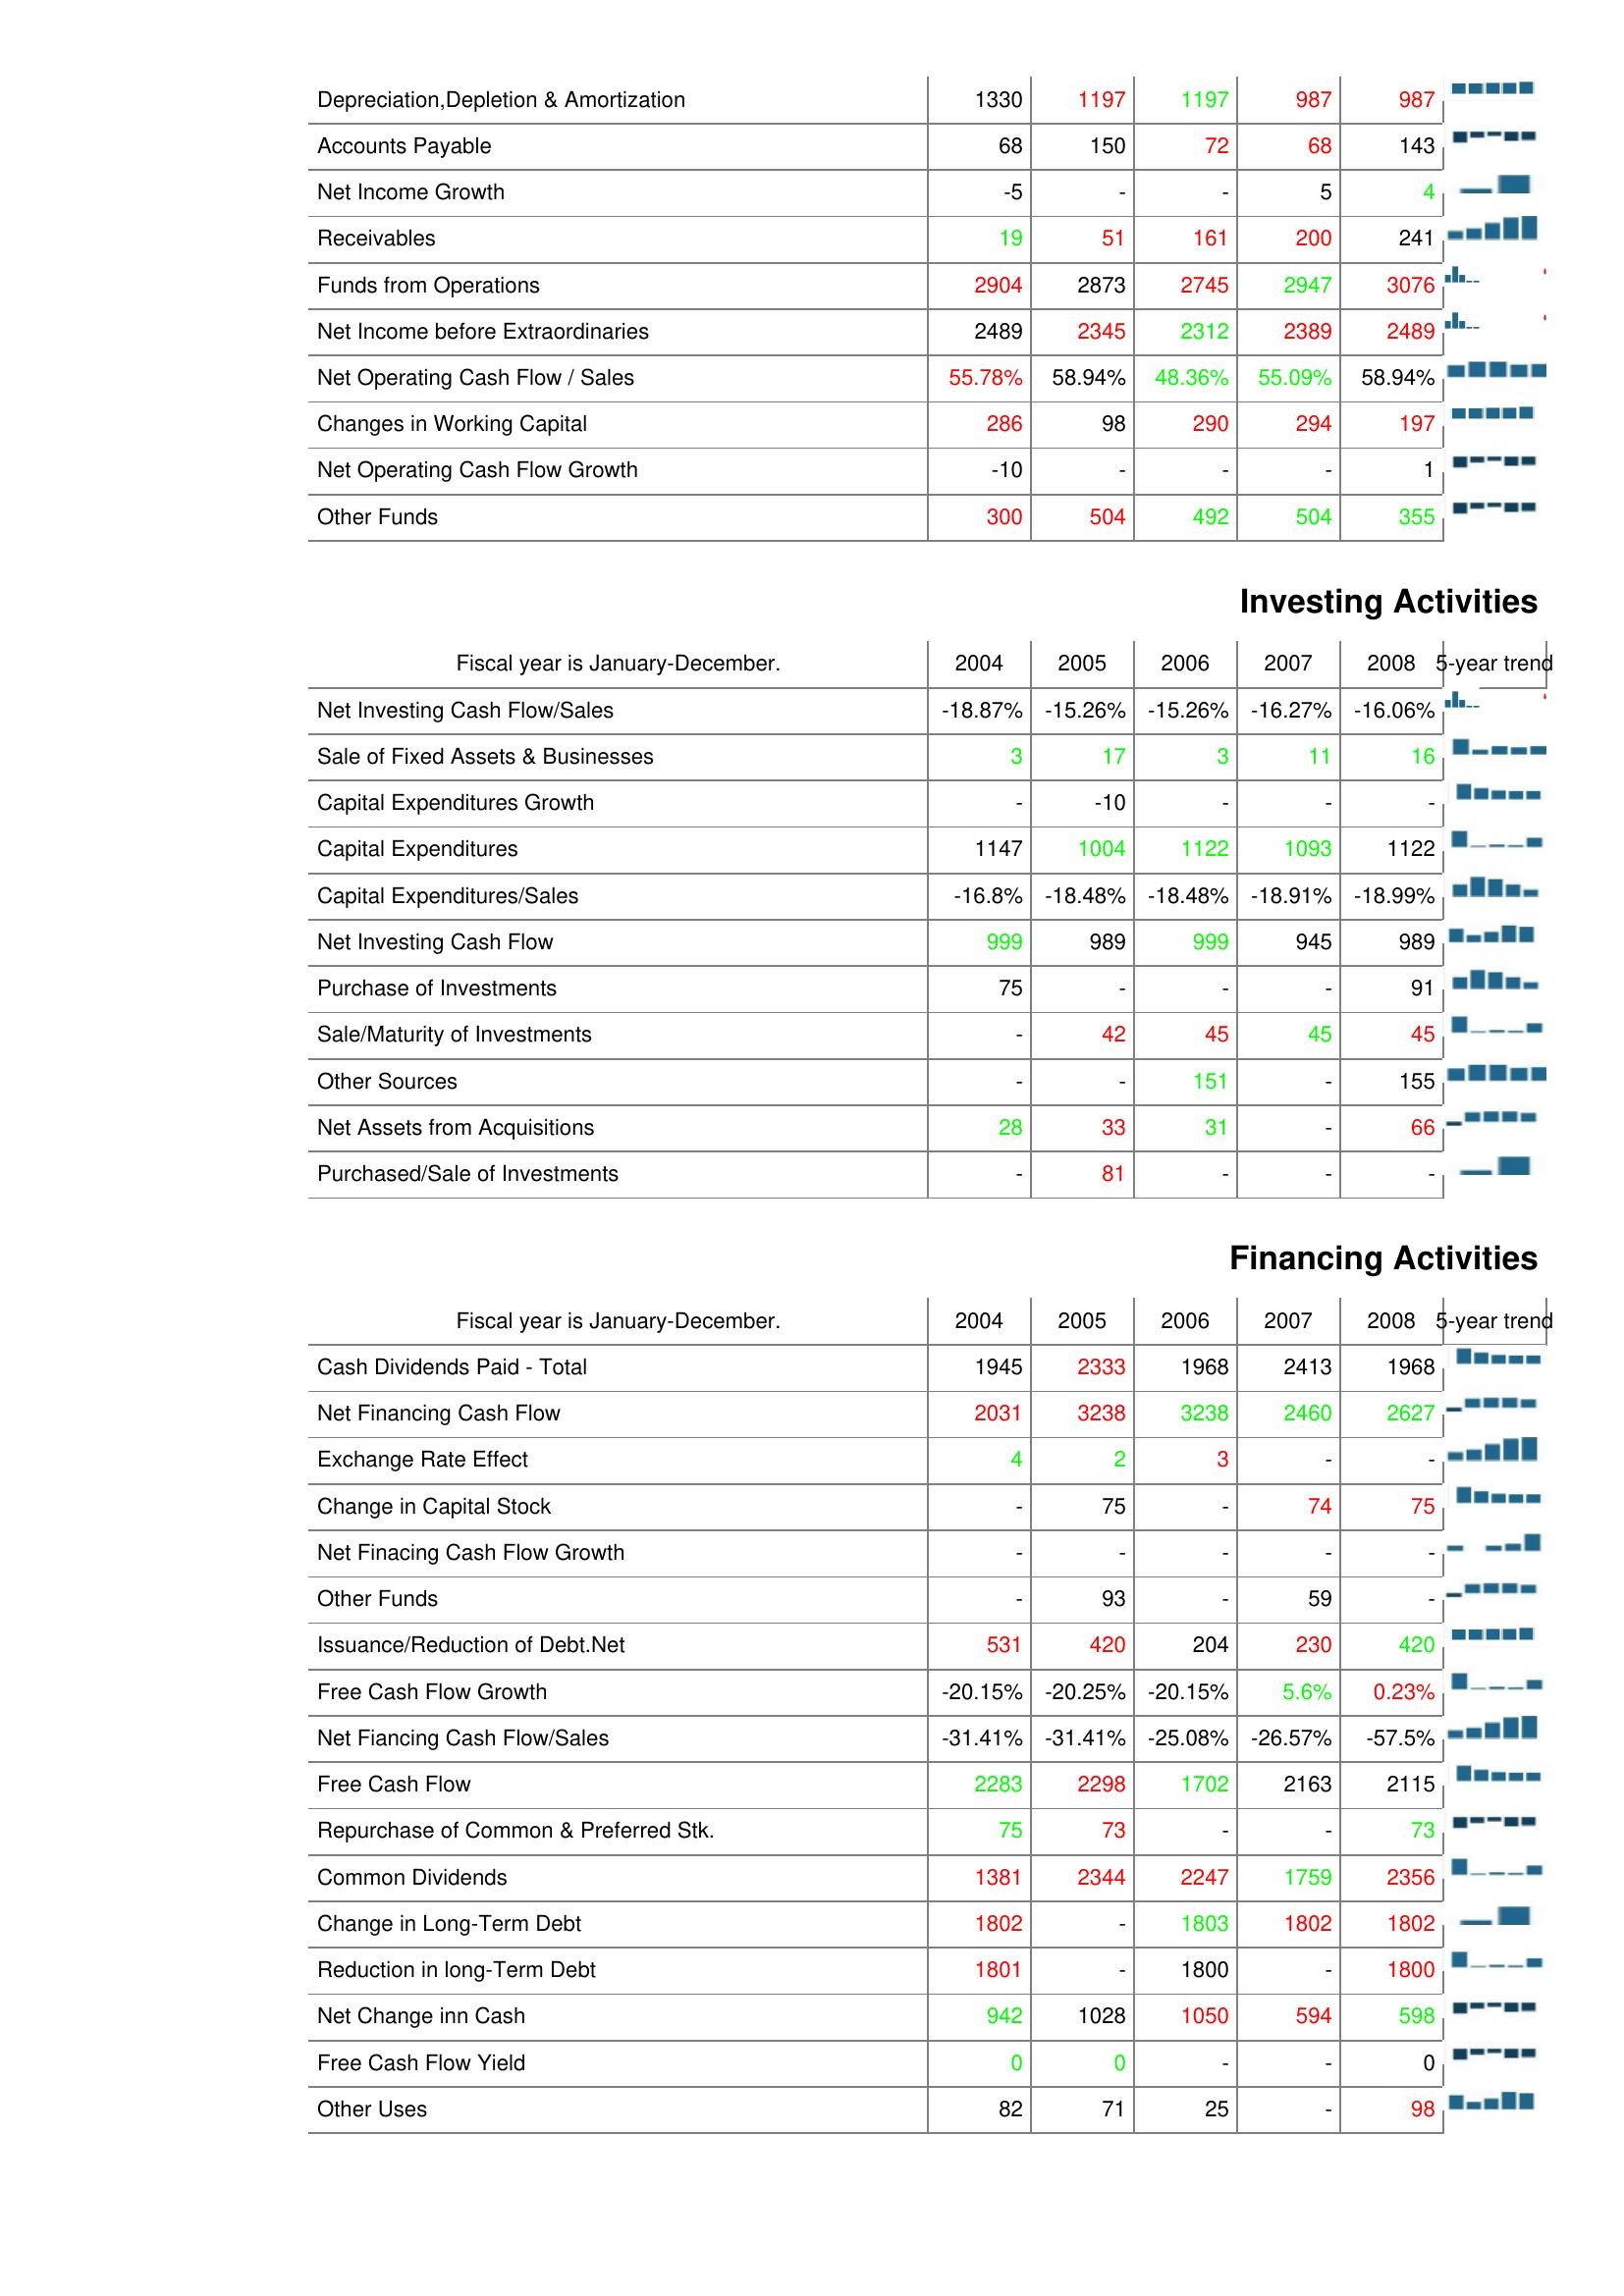
2004: Operating Activities: Depreciation,Depletion & Amortization: 1330
Accounts Payable: 68
Net Income Growth: -5
Receivables: 19
Funds from Operations: 2904
Net Income before Extraordinaries: 2489
Net Operating Cash Flow / Sales: 55.78%
Changes in Working Capital: 286
Net Operating Cash Flow Growth: -10
Other Funds: 300
Investing Activities: Net Investing Cash Flow/Sales: -18.87%
Sale of Fixed Assets & Businesses: 3
Capital Expenditures Growth: -
Capital Expenditures: 1147
Capital Expenditures/Sales: -16.8%
Net Investing Cash Flow: 999
Purchase of Investments: 75
Sale/Maturity of Investments: -
Other Sources: -
Net Assets from Acquisitions: 28
Purchased/Sale of Investments: -
Financing Activities: Cash Dividends Paid - Total: 1945
Net Financing Cash Flow: 2031
Exchange Rate Effect: 4
Change in Capital Stock: -
Net Finacing Cash Flow Growth: -
Other Funds: -
Issuance/Reduction of Debt.Net: 531
Free Cash Flow Growth: -20.15%
Net Fiancing Cash Flow/Sales: -31.41%
Free Cash Flow: 2283
Repurchase of Common & Preferred Stk.: 75
Common Dividends: 1381
Change in Long-Term Debt: 1802
Reduction in long-Term Debt: 1801
Net Change inn Cash: 942
Free Cash Flow Yield: 0
Other Uses: 82
2005: Operating Activities: Depreciation,Depletion & Amortization: 1197
Accounts Payable: 150
Net Income Growth: -
Receivables: 51
Funds from Operations: 2873
Net Income before Extraordinaries: 2345
Net Operating Cash Flow / Sales: 58.94%
Changes in Working Capital: 98
Net Operating Cash Flow Growth: -
Other Funds: 504
Investing Activities: Net Investing Cash Flow/Sales: -15.26%
Sale of Fixed Assets & Businesses: 17
Capital Expenditures Growth: -10
Capital Expenditures: 1004
Capital Expenditures/Sales: -18.48%
Net Investing Cash Flow: 989
Purchase of Investments: -
Sale/Maturity of Investments: 42
Other Sources: -
Net Assets from Acquisitions: 33
Purchased/Sale of Investments: 81
Financing Activities: Cash Dividends Paid - Total: 2333
Net Financing Cash Flow: 3238
Exchange Rate Effect: 2
Change in Capital Stock: 75
Net Finacing Cash Flow Growth: -
Other Funds: 93
Issuance/Reduction of Debt.Net: 420
Free Cash Flow Growth: -20.25%
Net Fiancing Cash Flow/Sales: -31.41%
Free Cash Flow: 2298
Repurchase of Common & Preferred Stk.: 73
Common Dividends: 2344
Change in Long-Term Debt: -
Reduction in long-Term Debt: -
Net Change inn Cash: 1028
Free Cash Flow Yield: 0
Other Uses: 71
2006: Operating Activities: Depreciation,Depletion & Amortization: 1197
Accounts Payable: 72
Net Income Growth: -
Receivables: 161
Funds from Operations: 2745
Net Income before Extraordinaries: 2312
Net Operating Cash Flow / Sales: 48.36%
Changes in Working Capital: 290
Net Operating Cash Flow Growth: -
Other Funds: 492
Investing Activities: Net Investing Cash Flow/Sales: -15.26%
Sale of Fixed Assets & Businesses: 3
Capital Expenditures Growth: -
Capital Expenditures: 1122
Capital Expenditures/Sales: -18.48%
Net Investing Cash Flow: 999
Purchase of Investments: -
Sale/Maturity of Investments: 45
Other Sources: 151
Net Assets from Acquisitions: 31
Purchased/Sale of Investments: -
Financing Activities: Cash Dividends Paid - Total: 1968
Net Financing Cash Flow: 3238
Exchange Rate Effect: 3
Change in Capital Stock: -
Net Finacing Cash Flow Growth: -
Other Funds: -
Issuance/Reduction of Debt.Net: 204
Free Cash Flow Growth: -20.15%
Net Fiancing Cash Flow/Sales: -25.08%
Free Cash Flow: 1702
Repurchase of Common & Preferred Stk.: -
Common Dividends: 2247
Change in Long-Term Debt: 1803
Reduction in long-Term Debt: 1800
Net Change inn Cash: 1050
Free Cash Flow Yield: -
Other Uses: 25
2007: Operating Activities: Depreciation,Depletion & Amortization: 987
Accounts Payable: 68
Net Income Growth: 5
Receivables: 200
Funds from Operations: 2947
Net Income before Extraordinaries: 2389
Net Operating Cash Flow / Sales: 55.09%
Changes in Working Capital: 294
Net Operating Cash Flow Growth: -
Other Funds: 504
Investing Activities: Net Investing Cash Flow/Sales: -16.27%
Sale of Fixed Assets & Businesses: 11
Capital Expenditures Growth: -
Capital Expenditures: 1093
Capital Expenditures/Sales: -18.91%
Net Investing Cash Flow: 945
Purchase of Investments: -
Sale/Maturity of Investments: 45
Other Sources: -
Net Assets from Acquisitions: -
Purchased/Sale of Investments: -
Financing Activities: Cash Dividends Paid - Total: 2413
Net Financing Cash Flow: 2460
Exchange Rate Effect: -
Change in Capital Stock: 74
Net Finacing Cash Flow Growth: -
Other Funds: 59
Issuance/Reduction of Debt.Net: 230
Free Cash Flow Growth: 5.6%
Net Fiancing Cash Flow/Sales: -26.57%
Free Cash Flow: 2163
Repurchase of Common & Preferred Stk.: -
Common Dividends: 1759
Change in Long-Term Debt: 1802
Reduction in long-Term Debt: -
Net Change inn Cash: 594
Free Cash Flow Yield: -
Other Uses: -
2008: Operating Activities: Depreciation,Depletion & Amortization: 987
Accounts Payable: 143
Net Income Growth: 4
Receivables: 241
Funds from Operations: 3076
Net Income before Extraordinaries: 2489
Net Operating Cash Flow / Sales: 58.94%
Changes in Working Capital: 197
Net Operating Cash Flow Growth: 1
Other Funds: 355
Investing Activities: Net Investing Cash Flow/Sales: -16.06%
Sale of Fixed Assets & Businesses: 16
Capital Expenditures Growth: -
Capital Expenditures: 1122
Capital Expenditures/Sales: -18.99%
Net Investing Cash Flow: 989
Purchase of Investments: 91
Sale/Maturity of Investments: 45
Other Sources: 155
Net Assets from Acquisitions: 66
Purchased/Sale of Investments: -
Financing Activities: Cash Dividends Paid - Total: 1968
Net Financing Cash Flow: 2627
Exchange Rate Effect: -
Change in Capital Stock: 75
Net Finacing Cash Flow Growth: -
Other Funds: -
Issuance/Reduction of Debt.Net: 420
Free Cash Flow Growth: 0.23%
Net Fiancing Cash Flow/Sales: -57.5%
Free Cash Flow: 2115
Repurchase of Common & Preferred Stk.: 73
Common Dividends: 2356
Change in Long-Term Debt: 1802
Reduction in long-Term Debt: 1800
Net Change inn Cash: 598
Free Cash Flow Yield: 0
Other Uses: 98